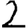
Digit: 2